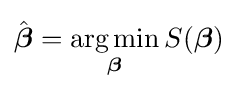
{\hat {\boldsymbol {\beta }}}={\underset {\boldsymbol {\beta }}{\operatorname {arg\,min} }}\,S({\boldsymbol {\beta }})